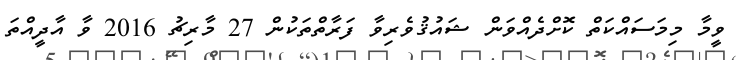
ވީމާ މިމަސައްކަތް ކޮށްދެއްވަން ޝައުޤުވެރިވާ ފަރާތްތަކުން 27 މާރިޗު 2016 ވާ އާދީއްތަ